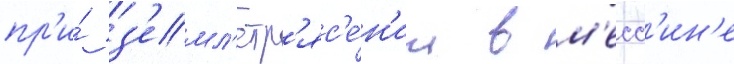
пр'и́ з'емл'етр'яс'е́н'ии в м'есс'ин'е